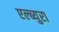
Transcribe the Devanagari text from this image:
एल्ब्युरा